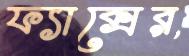
ফ্যাক্সের